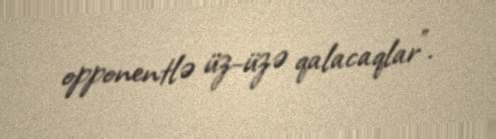
opponentlə üz-üzə qalacaqlar”.